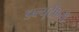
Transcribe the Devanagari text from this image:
डब्ल्यूटीएची